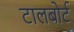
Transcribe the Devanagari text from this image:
टालबोर्ट